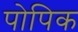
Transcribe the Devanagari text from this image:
पोपिक